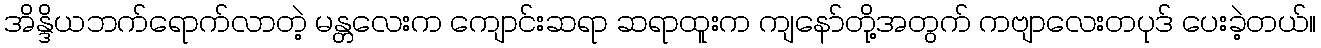
အိန္ဒိယဘက်ရောက်လာတဲ့ မန္တလေးက ကျောင်းဆရာ ဆရာထူးက ကျနော်တို့အတွက် ကဗျာလေးတပုဒ် ပေးခဲ့တယ်။